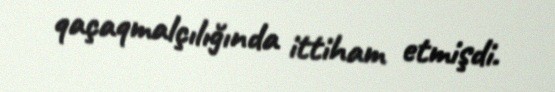
qaçaqmalçılığında ittiham etmişdi.